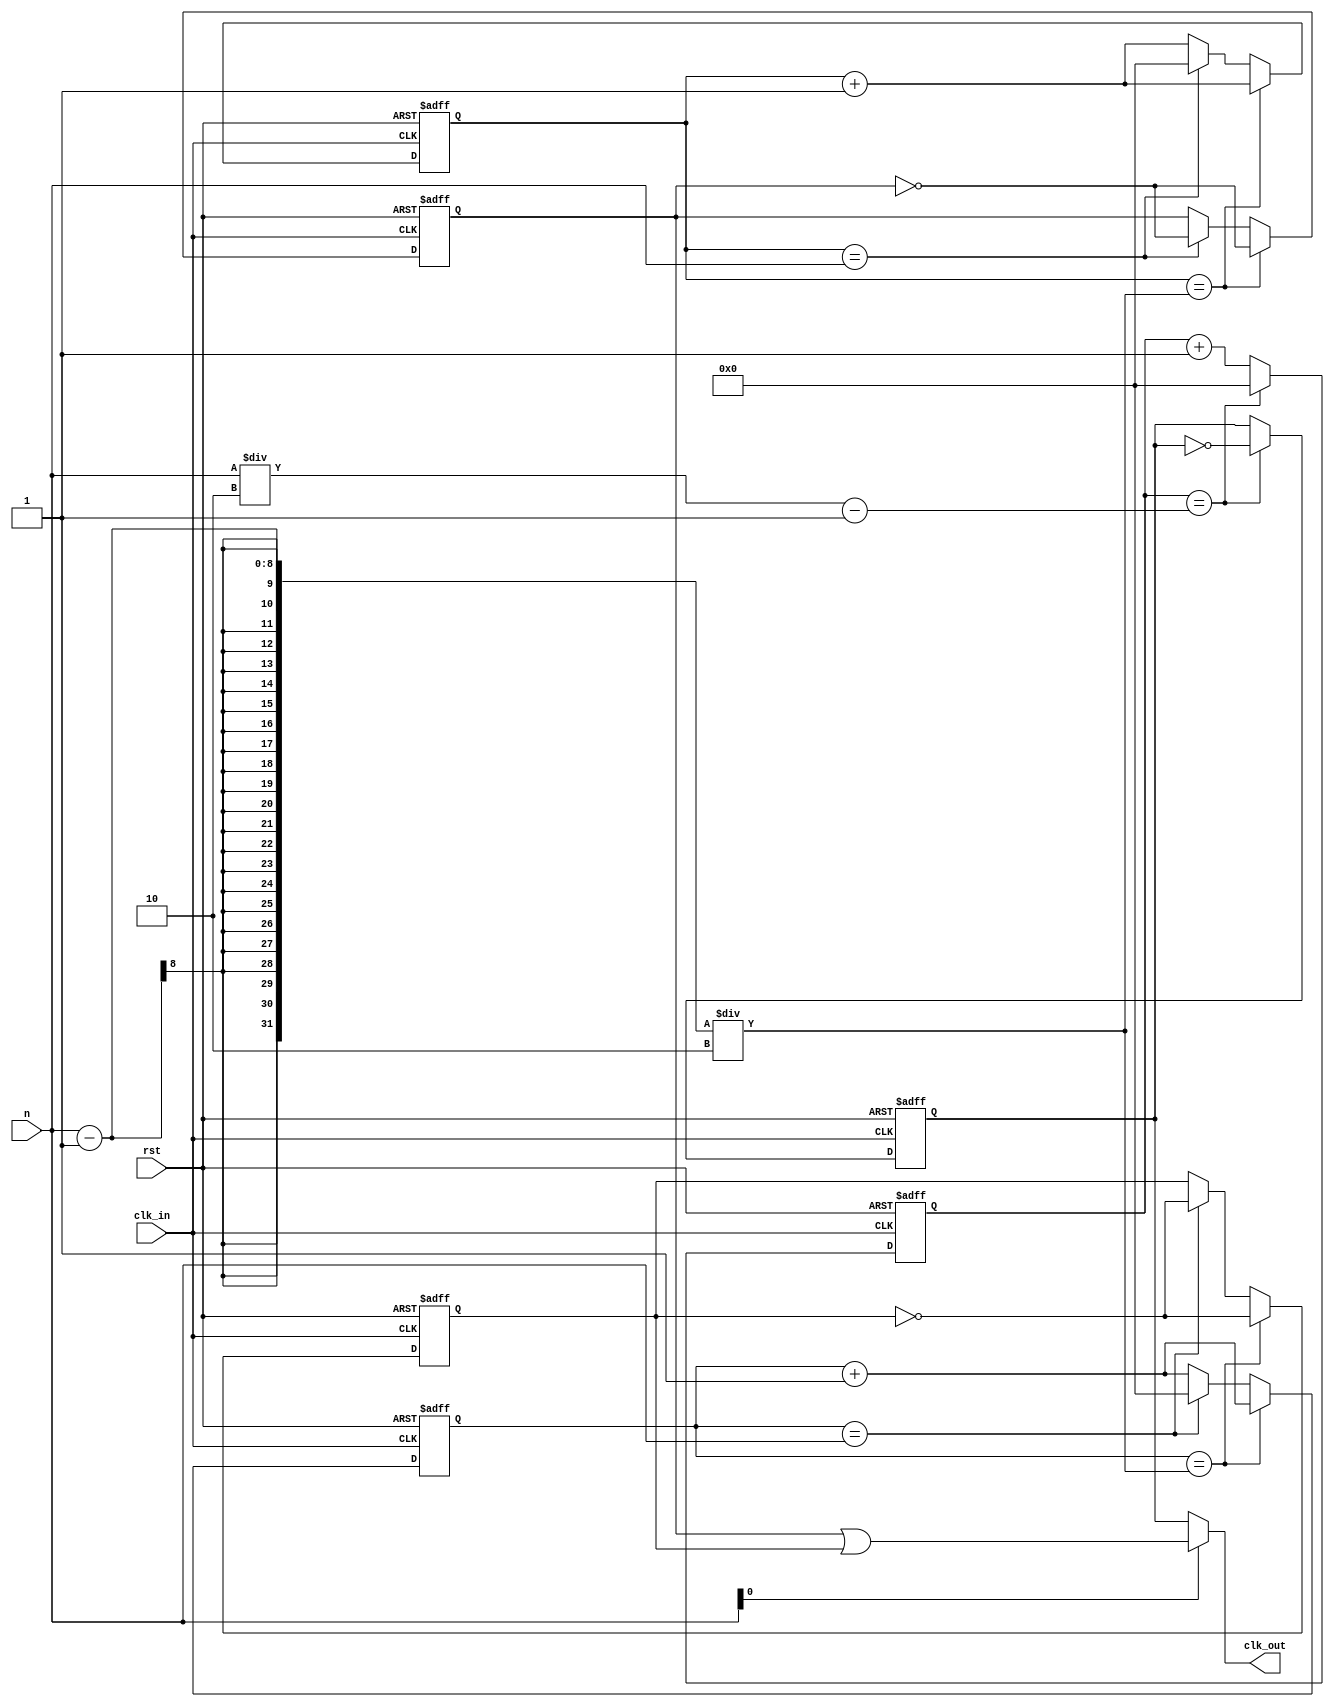
`timescale 1ns / 1ps
//////////////////////////////////////////////////////////////////////////////////
// Company: 
// Engineer: 
// 
// Design Name: 
// Module Name:    fdivision 
// Project Name: 
// Target Devices: 
// Tool versions: 
// Description: 
//
// Dependencies: 
//
// Revision: 
// Revision 0.01 - File Created
// Additional Comments: 
//50%
//////////////////////////////////////////////////////////////////////////////////
module fdivision(rst,clk_in,clk_out,n
    );
	input rst,clk_in;
	input [7:0] n;
	output clk_out;
	reg [7:0] count,count1,count2;
	reg even_out;
	reg odd_out1,odd_out2;
	
	assign odd_out = odd_out1 | odd_out2;
	assign clk_out = (n[0] == 0)? even_out:odd_out;
	
	/**/
			always @ (posedge clk_in or negedge rst)
				if(!rst)
					begin
						even_out <= 0;
						count <= 0;
					end
				else 
					if(count == ((n/2)-1))
						begin
							even_out <= ~even_out;
							count <= 0;
						end
					else
					count <= count + 1;
		
	
	/**/
			always @ (posedge clk_in or negedge rst)
				begin
					if(!rst)
						begin
							odd_out1 <= 0;
							count1 <= 0;
						end
					else 
						begin
							if(count1 == ((n-1)/2))
								begin
									odd_out1 <= ~odd_out1;
									count1 <= count1 + 1;
								end
							else
								if(count1 == n)
									begin
										odd_out1 <= ~odd_out1;
										count1 <= 0;
									end
								else
									count1 <= count1 + 1;
						end			
				end
			always @ (negedge clk_in or negedge rst)
				begin
					if(!rst)
						begin
							odd_out2 <= 0;
							count2 <= 0;
						end
					else
						begin
							if(count2 == ((n-1)/2))
								begin
									odd_out2 <= ~odd_out2;
									count2 <= count2 + 1;
								end
							else
								if(count2 == n)
									begin
										odd_out2 <= ~odd_out2;
										count2 <= 0;
									end
								else
									count2 <= count2 + 1;
						end
				end
		

endmodule